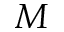
M